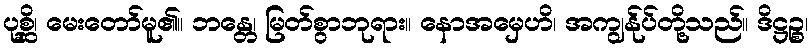
ပုစ္ဆိ၊ မေးတော်မူ၏။ ဘန္တေ၊ မြတ်စွာဘုရား။ နောအမှေဟိ၊ အကျွန်ုပ်တို့သည်။ ဒိဋ္ဌဉ္စ၊